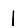
Digit: 1